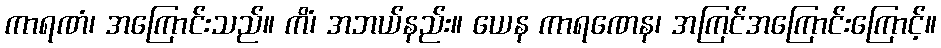
ကာရဏံ၊ အကြောင်းသည်။ ကိံ၊ အဘယ်နည်း။ ယေန ကာရဏေန၊ အကြင်အကြောင်းကြောင့်။